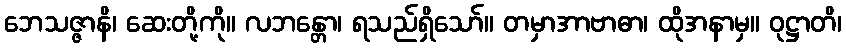
ဘေသဇ္ဇာနိ၊ ဆေးတို့ကို။ လဘန္တော၊ ရသည်ရှိသော်။ တမှာအာဗာဓာ၊ ထိုအနာမှ။ ဝုဋ္ဌာတိ၊